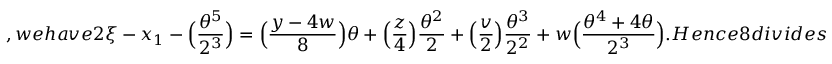
, w e h a v e 2 \xi - x _ { 1 } - \Big ( \frac { \theta ^ { 5 } } { 2 ^ { 3 } } \Big ) = \Big ( \frac { y - 4 w } { 8 } \Big ) \theta + \Big ( \frac { z } { 4 } \Big ) \frac { \theta ^ { 2 } } { 2 } + \Big ( \frac { v } { 2 } \Big ) \frac { \theta ^ { 3 } } { 2 ^ { 2 } } + w \Big ( \frac { \theta ^ { 4 } + 4 \theta } { 2 ^ { 3 } } \Big ) . H e n c e 8 d i v i d e s